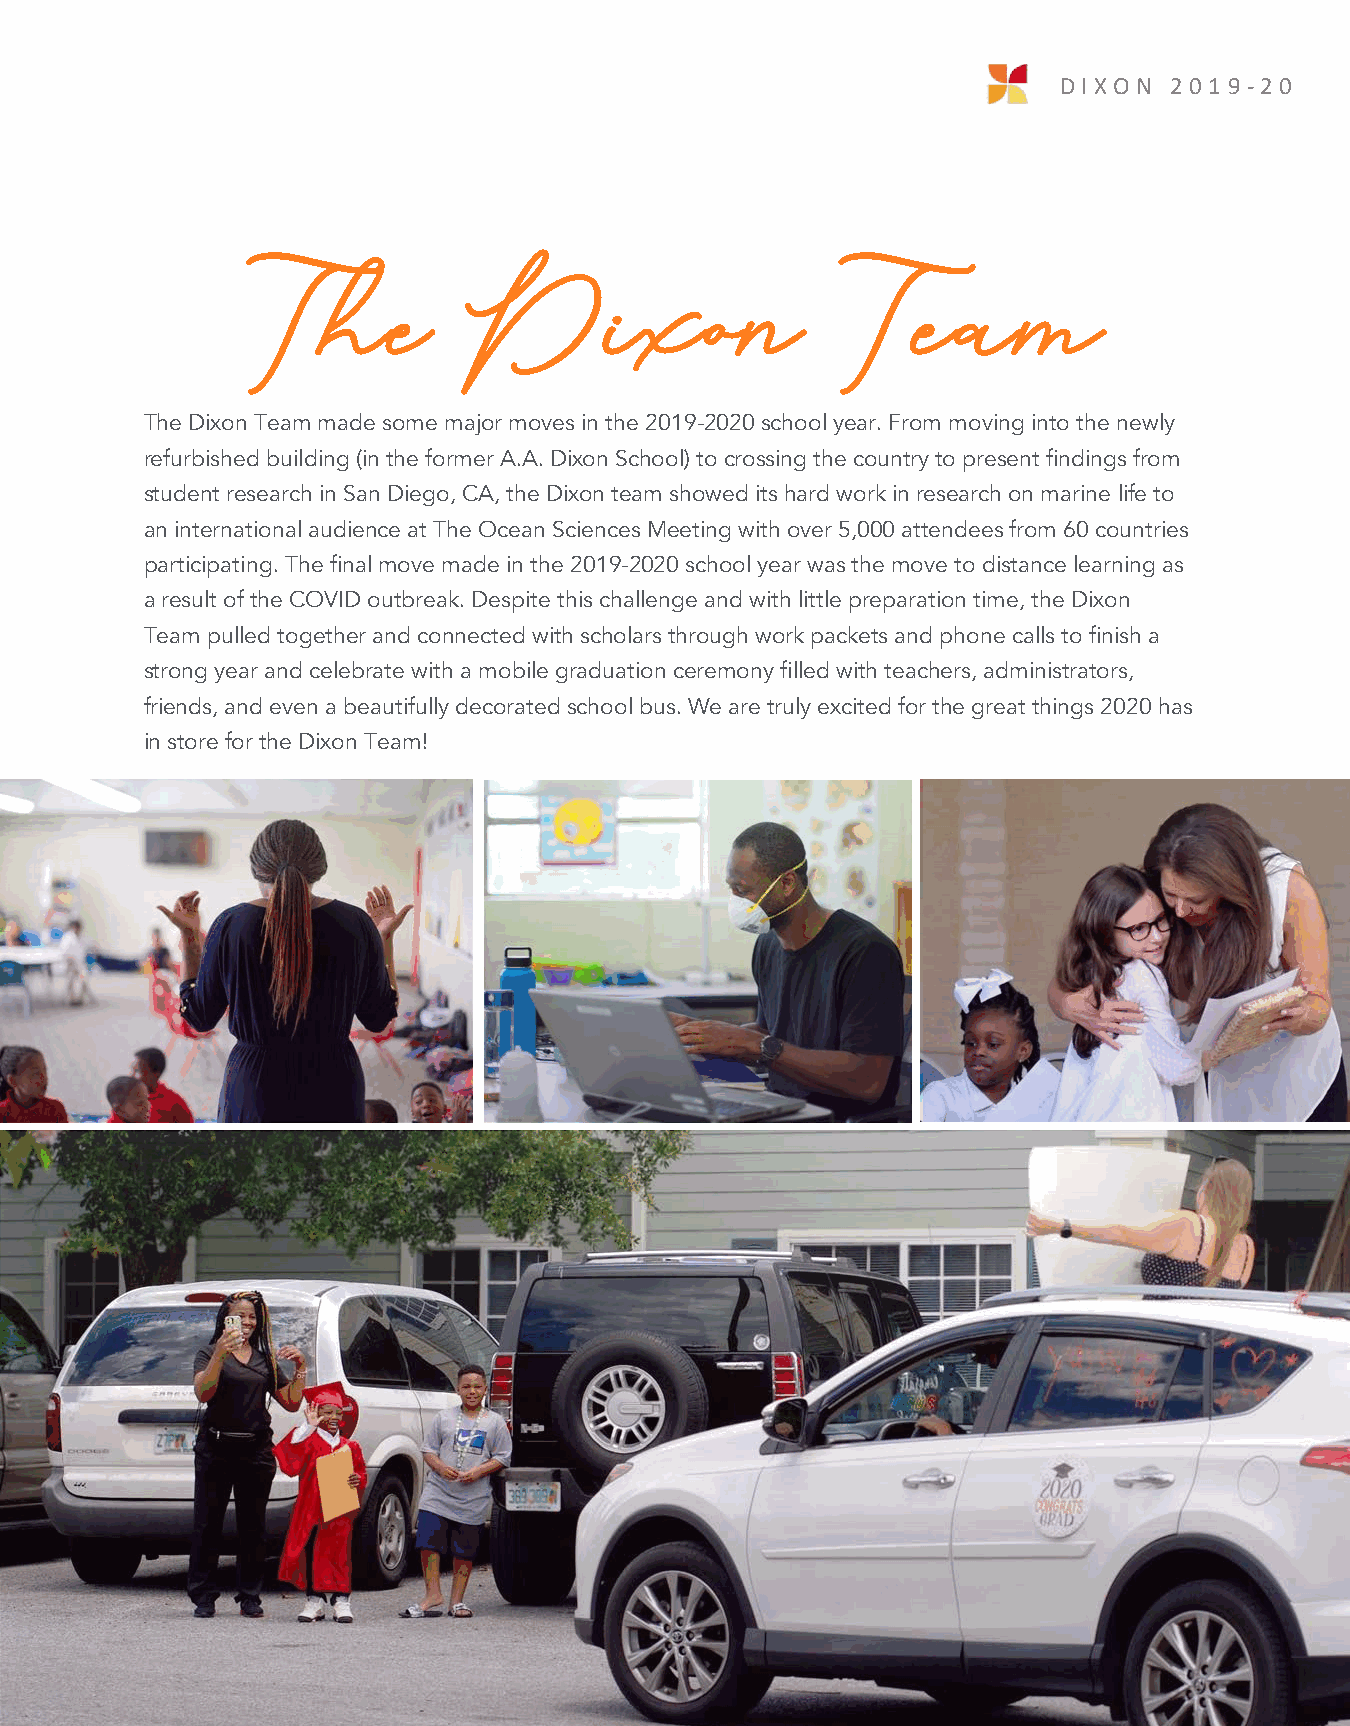
DIX O N 2 0 1 9 -2 0
 11
 The            Dixon                    Team
 The Dixon Team made some major moves in the 2019-2020 school year. From moving into the newly
 refurbished building (in the former A.A. Dixon School) to crossing the country to present findings from
 student research in San Diego, CA, the Dixon team showed its hard work in research on marine life to
 an international audience at The Ocean Sciences Meeting with over 5,000 attendees from 60 countries
 participating. The final move made in the 2019-2020 school year was the move to distance learning as
 a result of the COVID outbreak. Despite this challenge and with little preparation time, the Dixon
 Team pulled together and connected with scholars through work packets and phone calls to finish a
 strong year and celebrate with a mobile graduation ceremony filled with teachers, administrators,
 friends, and even a beautifully decorated school bus. We are truly excited for the great things 2020 has
 in store for the Dixon Team!